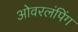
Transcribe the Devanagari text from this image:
ओवरलंपिंग